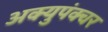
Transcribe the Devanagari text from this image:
अक्युपंक्चर